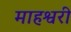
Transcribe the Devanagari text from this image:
माहश्वरी